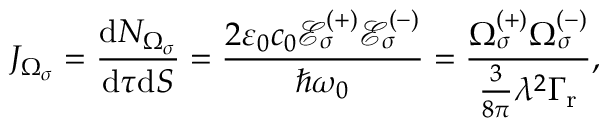
J _ { \Omega _ { \sigma } } = \frac { \mathrm { d } N _ { \Omega _ { \sigma } } } { \mathrm { d } \tau \mathrm { d } S } = \frac { 2 \varepsilon _ { 0 } c _ { 0 } \mathcal { E } _ { \sigma } ^ { ( + ) } \mathcal { E } _ { \sigma } ^ { ( - ) } } { \hbar \omega _ { 0 } } = \frac { \Omega _ { \sigma } ^ { ( + ) } \Omega _ { \sigma } ^ { ( - ) } } { \frac { 3 } { 8 \pi } \lambda ^ { 2 } \Gamma _ { \mathrm { r } } } ,